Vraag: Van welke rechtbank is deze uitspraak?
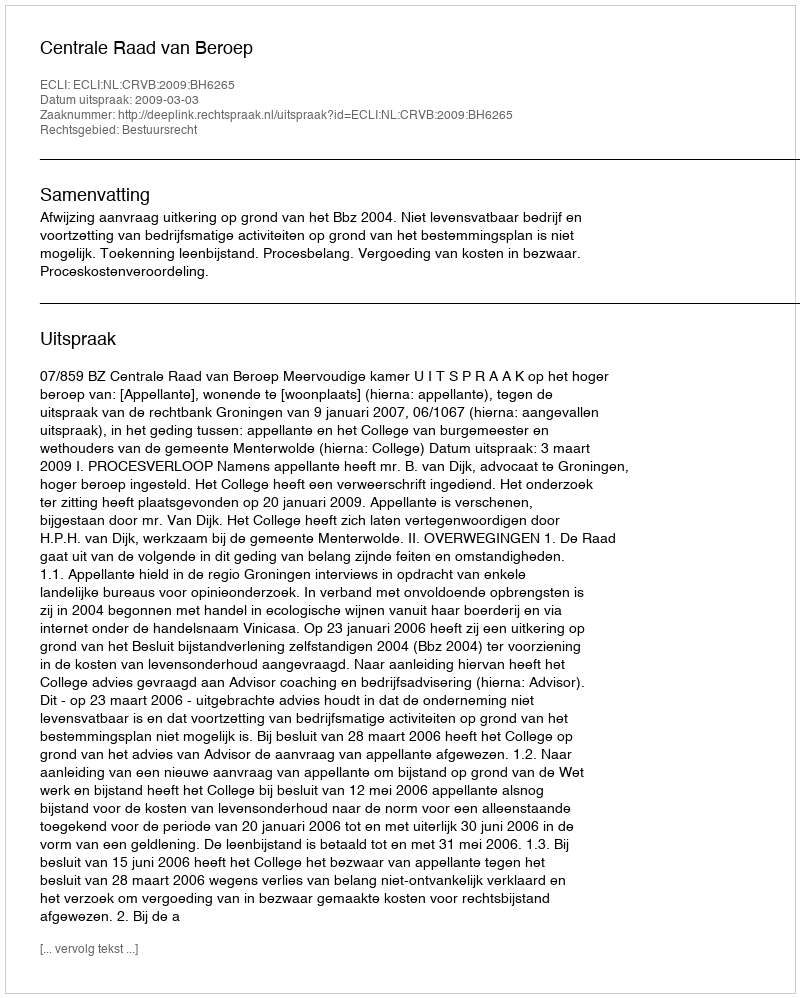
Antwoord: Centrale Raad van Beroep